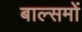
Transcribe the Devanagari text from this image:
बाल्समों